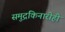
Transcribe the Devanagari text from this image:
समुद्रकिनारीही